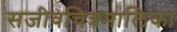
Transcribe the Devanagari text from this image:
सजीवचित्रमालिका